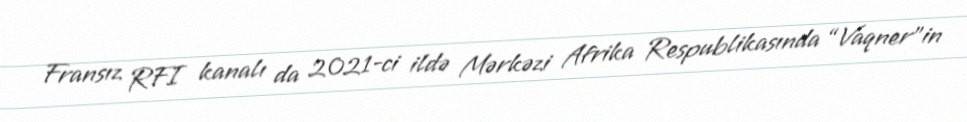
Fransız RFI kanalı da 2021-ci ildə Mərkəzi Afrika Respublikasında “Vaqner”in